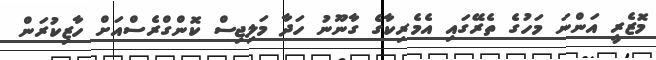
މޮޒެރީ އަންނަ މަހުގެ ތެރޭގައި އެމެރިކާގެ ގާނޫނު ހަދާ މަލިޖިސް ކޮންގްރެސްއަށް ހާޒިކުރަން